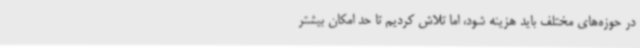
در حوزه‌های مختلف باید هزینه شود، اما تلاش کردیم تا حد امکان بیشتر